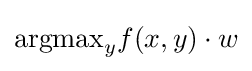
\mathrm {argmax} _{y}f(x,y)\cdot w